King Institute of Preventive Medicine Micro-Biological Section reports 1912-19
Year: 1912
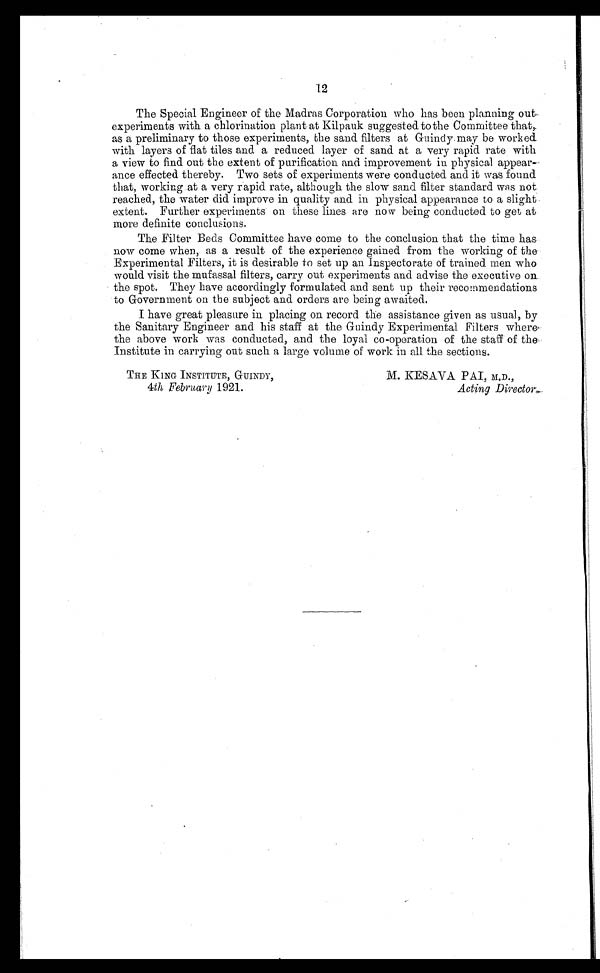
12
The Special Engineer of the Madras Corporation who has been planning out
experiments with a chlorination plant at Kilpauk suggested to the Committee that,
as a preliminary to those experiments, the sand filters at Guindy. may be worked
with layers of flat tiles and a reduced layer of sand at a very rapid rate with
a view to find out the extent of purification and improvement in physical appear-
ance effected thereby. Two sets of experiments were conducted and it was found
that, working at a very rapid rate, although the slow sand filter standard was not
reached, the water did improve in quality and in physical appearance to a slight
extent. Further experiments on these lines are now being conducted to get at
more definite conclusions.
The Filter Beds Committee have come to the conclusion that the time has
now come when, as a result of the experience gained from the working of the
Experimental Filters, it is desirable to set up an Inspectorate of trained men who
would visit the mufassal filters, carry out experiments and advise the executive on
the spot. They have accordingly formulated and sent up their recommendations
to Government on the subject and orders are being awaited.
I have great pleasure in placing on record the assistance given as usual, by
the Sanitary Engineer and his staff at the Guindy Experimental Filters where
the above work was conducted, and the loyal co-operation of the staff of the
Institute in carrying out such a large volume of work in all the sections.
THE KING INSTITUTE, GUINDY,
4th February 1921.
M. KESAVA PAl, M.D.,
Acting Director.